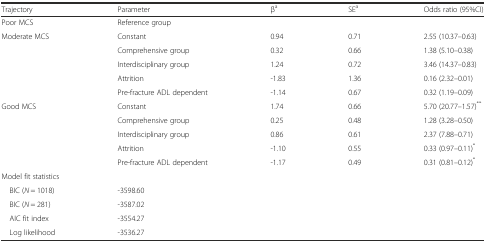
| Trajectory | Parameter | βa | SEa | Odds ratio (95%CI) |
 | --- | --- | --- | --- | --- |
 | Poor MCS | Reference group |  |  |  |
 | Moderate MCS | Constant | 0.94 | 0.71 | 2.55 (10.37–0.63) |
 |  | Comprehensive group | 0.32 | 0.66 | 1.38 (5.10–0.38) |
 |  | Interdisciplinary group | 1.24 | 0.72 | 3.46 (14.37–0.83) |
 |  | Attrition | -1.83 | 1.36 | 0.16 (2.32–0.01) |
 |  | Pre-fracture ADL dependent | -1.14 | 0.67 | 0.32 (1.19–0.09) |
 | Good MCS | Constant | 1.74 | 0.66 | 5.70 (20.77–1.57)** |
 |  | Comprehensive group | 0.25 | 0.48 | 1.28 (3.28–0.50) |
 |  | Interdisciplinary group | 0.86 | 0.61 | 2.37 (7.88–0.71) |
 |  | Attrition | -1.10 | 0.55 | 0.33 (0.97–0.11)* |
 |  | Pre-fracture ADL dependent | -1.17 | 0.49 | 0.31 (0.81–0.12)* |
 | <COLSPAN=5> Model fit statistics |
 | BIC (N = 1018) | -3598.60 |  |  |  |
 | BIC (N = 281) | -3587.02 |  |  |  |
 | AIC fit index | -3554.27 |  |  |  |
 | Log likelihood | -3536.27 |  |  |  |